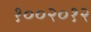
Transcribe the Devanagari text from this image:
१००२०१२